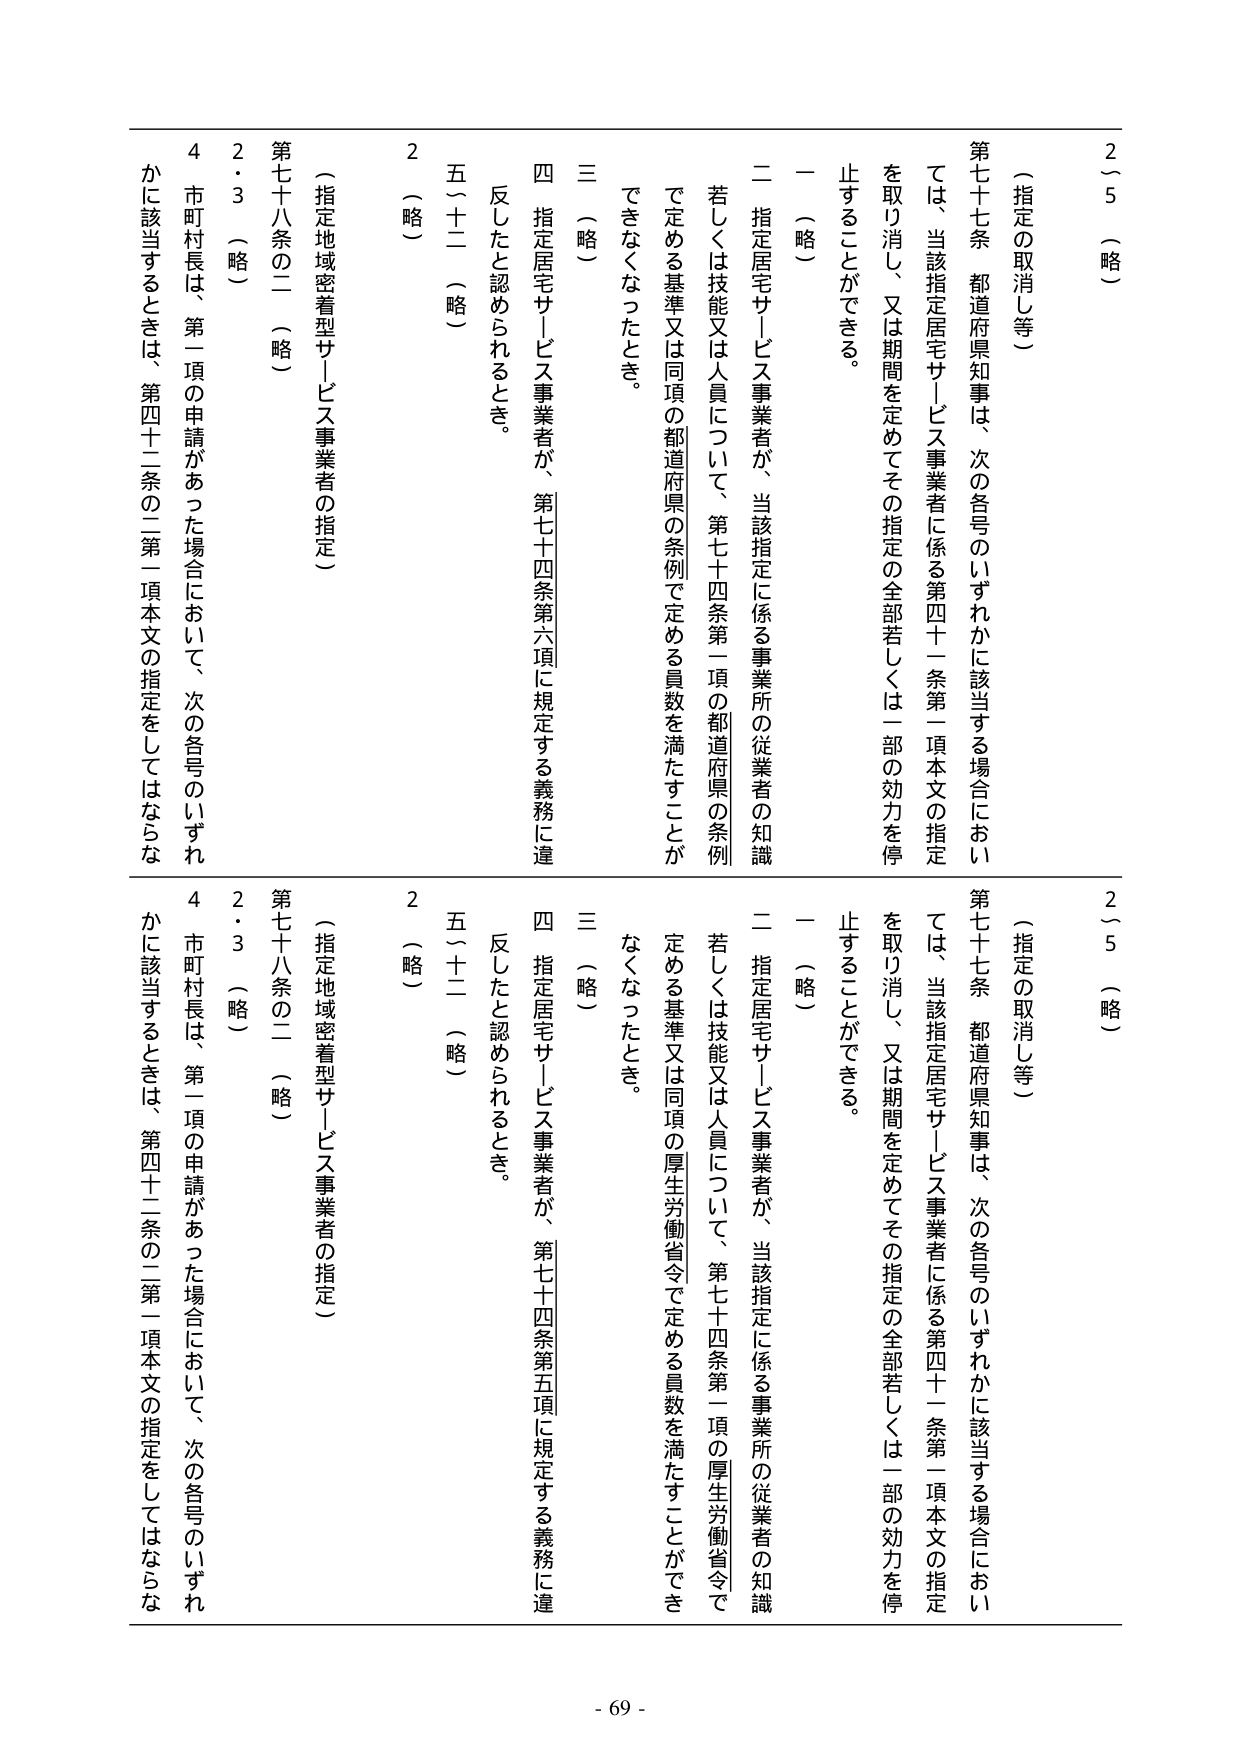
2～5（略）

（指定の取消し等）

第七十七条 都道府県知事は、次の各号のいずれかに該当する場合においては、当該指定住宅サービス事業者に係る第四十一条第一項本文の指定を取り消し、又は期間を定めてその指定の全部若しくは一部の効力を停止することができる。

一（略）

二 指定住宅サービス事業者が、当該指定に係る事業所の従業者の知識若しくは技能又は人員について、第七十四条第一項の都道府県の条例で定める基準又は同項の都道府県の条例で定める員数を満たすことができなくなったとき。

三（略）

四 指定住宅サービス事業者が、第七十四条第六項に規定する義務に違反したと認められるとき。

五～十二（略）

2（略）

（指定地域密着型サービス事業者の指定）

第七十八条の二（略）

2・3（略）

4 市町村長は、第一項の申請があった場合において、次の各号のいずれかに該当するときは、第四十二条の二第一項本文の指定をしてはならない。

2～5（略）

（指定の取消し等）

第七十七条 都道府県知事は、次の各号のいずれかに該当する場合においては、当該指定住宅サービス事業者に係る第四十一条第一項本文の指定を取り消し、又は期間を定めてその指定の全部若しくは一部の効力を停止することができる。

一（略）

二 指定住宅サービス事業者が、当該指定に係る事業所の従業者の知識若しくは技能又は人員について、第七十四条第一項の厚生労働省令で定める基準又は同項の厚生労働省令で定める員数を満たすことができなくなったとき。

三（略）

四 指定住宅サービス事業者が、第七十四条第五項に規定する義務に違反したと認められるとき。

五～十二（略）

2（略）

（指定地域密着型サービス事業者の指定）

第七十八条の二（略）

2・3（略）

4 市町村長は、第一項の申請があった場合において、次の各号のいずれかに該当するときは、第四十二条の二第一項本文の指定をしてはならない。

- 69 -